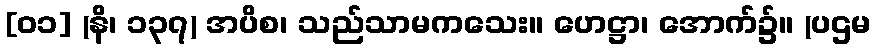
[၀၁] (နိ၊ ၁၃၇) အပိစ၊ သည်သာမကသေး။ ဟေဋ္ဌာ၊ အောက်၌။ (ပဌမ